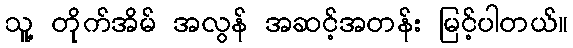
သူ့ တိုက်အိမ် အလွန် အဆင့်အတန်း မြင့်ပါတယ်။